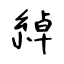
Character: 綽